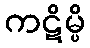
ကဋိမ္ပိ